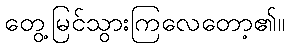
တွေ့မြင်သွားကြလေတော့၏။